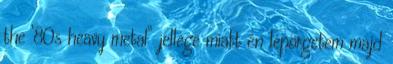
the ’80s heavy metal” jellege miatt én lepörgetem majd